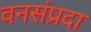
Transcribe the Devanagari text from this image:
वनसंप्रदा